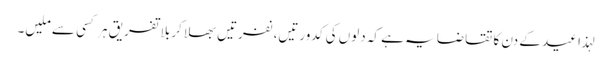
لہذا عید کے دن کا تقاضا یہ ہے کہ دلوں کی کدورتیں، نفرتیں بھلا کر بلا تفریق ہر کسی سے ملیں۔